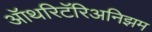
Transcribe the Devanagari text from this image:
ऑथरिटॅरिअनिझम